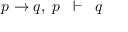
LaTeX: p \to q , \; p \; \; \vdash \; \; q